Vaccine operations Central Provinces & Berar 1922-1929 - 1922-1929
Year: 1922
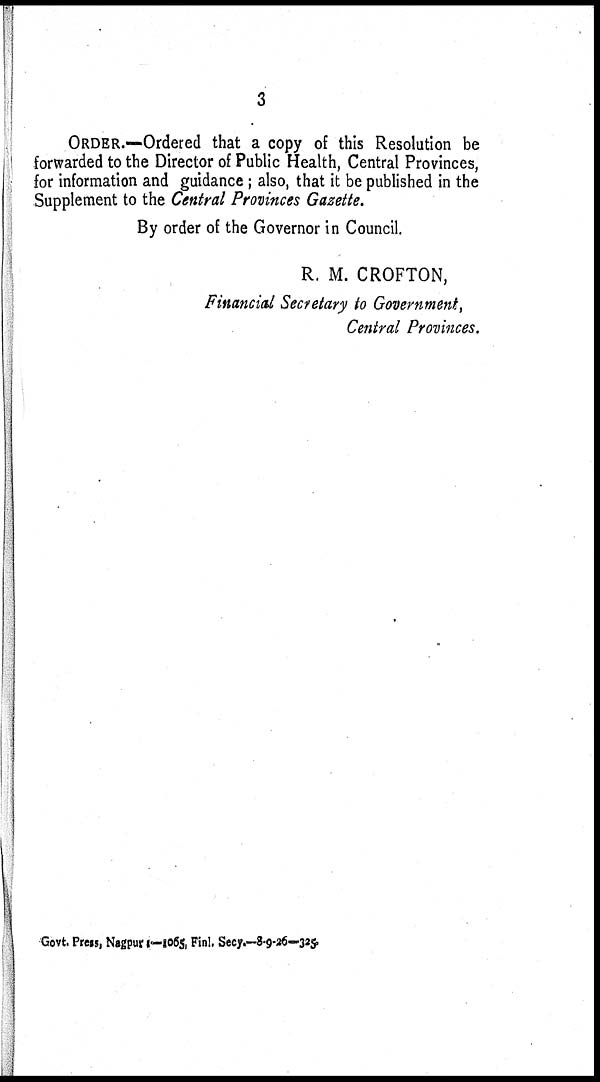
3
ORDER.—Ordered that a copy of this Resolution be
forwarded to the Director of Public Health, Central Provinces,
for information and guidance; also, that it be published in the
Supplement to the Central Provinces Gazette.
By order of the Governor in Council.
R. M. CROFTON,
Financial Secretary to Government,
Central Provinces.
Govt. Press, Nagpur—1065, Finl. Secy.—8-9-26—325.